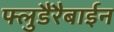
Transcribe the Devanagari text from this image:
फ्लुडैरैबाईन